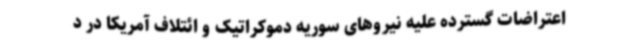
اعتراضات گسترده علیه نیروهای سوریه دموکراتیک و ائتلاف آمریکا در د